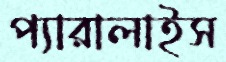
প্যারালাইস